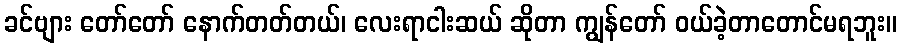
ခင်ဗျား တော်တော် နောက်တတ်တယ်၊ လေးရာငါးဆယ် ဆိုတာ ကျွန်တော် ဝယ်ခဲ့တာတောင်မရဘူး။